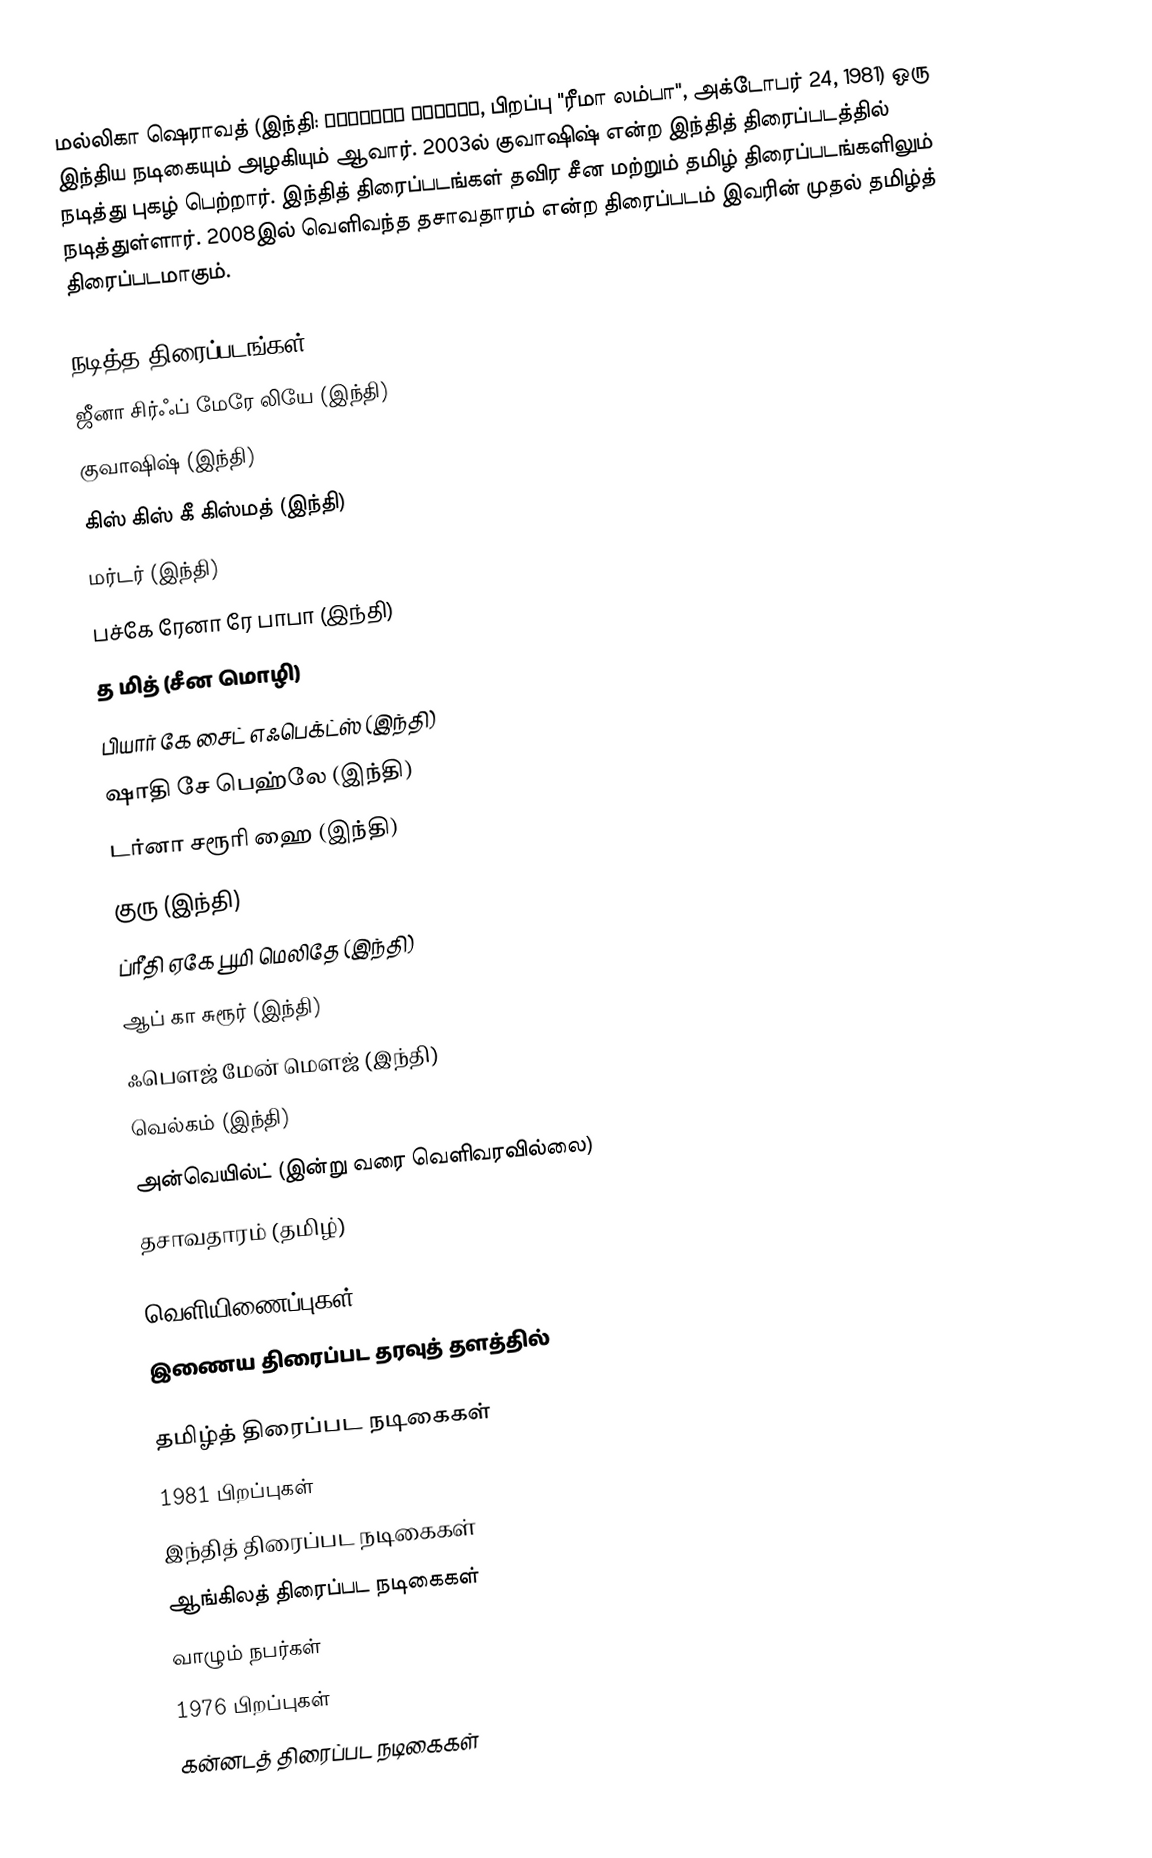
மல்லிகா ஷெராவத் (இந்தி: मल्लिका शेरावत, பிறப்பு "ரீமா லம்பா", அக்டோபர் 24, 1981) ஒரு இந்திய நடிகையும் அழகியும் ஆவார். 2003ல் குவாஷிஷ் என்ற இந்தித் திரைப்படத்தில் நடித்து புகழ் பெற்றார். இந்தித் திரைப்படங்கள் தவிர சீன மற்றும் தமிழ் திரைப்படங்களிலும் நடித்துள்ளார். 2008இல் வெளிவந்த தசாவதாரம் என்ற திரைப்படம் இவரின் முதல் தமிழ்த் திரைப்படமாகும்.

நடித்த திரைப்படங்கள்
ஜீனா சிர்ஃப் மேரே லியே (இந்தி)
குவாஷிஷ் (இந்தி)
கிஸ் கிஸ் கீ கிஸ்மத் (இந்தி)
மர்டர் (இந்தி)
பச்கே ரேனா ரே பாபா (இந்தி)
த மித் (சீன மொழி)
பியார் கே சைட் எஃபெக்ட்ஸ் (இந்தி)
ஷாதி சே பெஹ்லே (இந்தி)
டர்னா சரூரி ஹை (இந்தி)
குரு (இந்தி)
ப்ரீதி ஏகே பூமி மெலிதே (இந்தி)
ஆப் கா சுரூர் (இந்தி)
ஃபௌஜ் மேன் மௌஜ் (இந்தி)
வெல்கம் (இந்தி)
அன்வெயில்ட் (இன்று வரை வெளிவரவில்லை)
தசாவதாரம் (தமிழ்)

வெளியிணைப்புகள்
இணைய திரைப்பட தரவுத் தளத்தில்

தமிழ்த் திரைப்பட நடிகைகள்
1981 பிறப்புகள்
இந்தித் திரைப்பட நடிகைகள்
ஆங்கிலத் திரைப்பட நடிகைகள்
வாழும் நபர்கள்
1976 பிறப்புகள்
கன்னடத் திரைப்பட நடிகைகள்